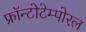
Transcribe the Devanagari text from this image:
फ्रॉन्टोटेम्पोरल